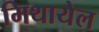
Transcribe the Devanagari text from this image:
मिथायेल